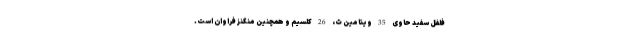
فلفل سفید حاوی 35 ویتامین ث، 26 کلسیم و همچنین منگنز فراوان است.